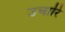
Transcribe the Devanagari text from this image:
उचारि